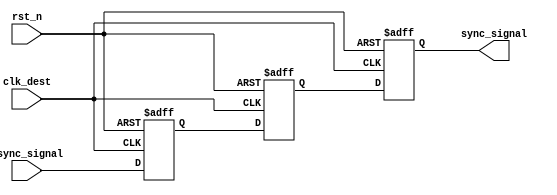
module triple_ff_synchronizer (
    input wire clk_dest,         // Destination clock
    input wire async_signal,     // Asynchronous input signal
    input wire rst_n,           // Asynchronous active-low reset
    output reg sync_signal       // Synchronized output signal
);

    // Internal signals for the intermediate flip-flops
    reg ff1_out;
    reg ff2_out;

    // First flip-flop
    always @(posedge clk_dest or negedge rst_n) begin
        if (!rst_n) begin
            ff1_out <= 1'b0; // Reset state
        end else begin
            ff1_out <= async_signal; // Capture async_signal
        end
    end

    // Second flip-flop
    always @(posedge clk_dest or negedge rst_n) begin
        if (!rst_n) begin
            ff2_out <= 1'b0; // Reset state
        end else begin
            ff2_out <= ff1_out; // Capture output of FF1
        end
    end

    // Third flip-flop
    always @(posedge clk_dest or negedge rst_n) begin
        if (!rst_n) begin
            sync_signal <= 1'b0; // Reset state
        end else begin
            sync_signal <= ff2_out; // Capture output of FF2
        end
    end

endmodule